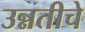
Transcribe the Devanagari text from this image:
उन्नतीचे